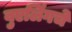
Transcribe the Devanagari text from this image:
वुएलिंगचे